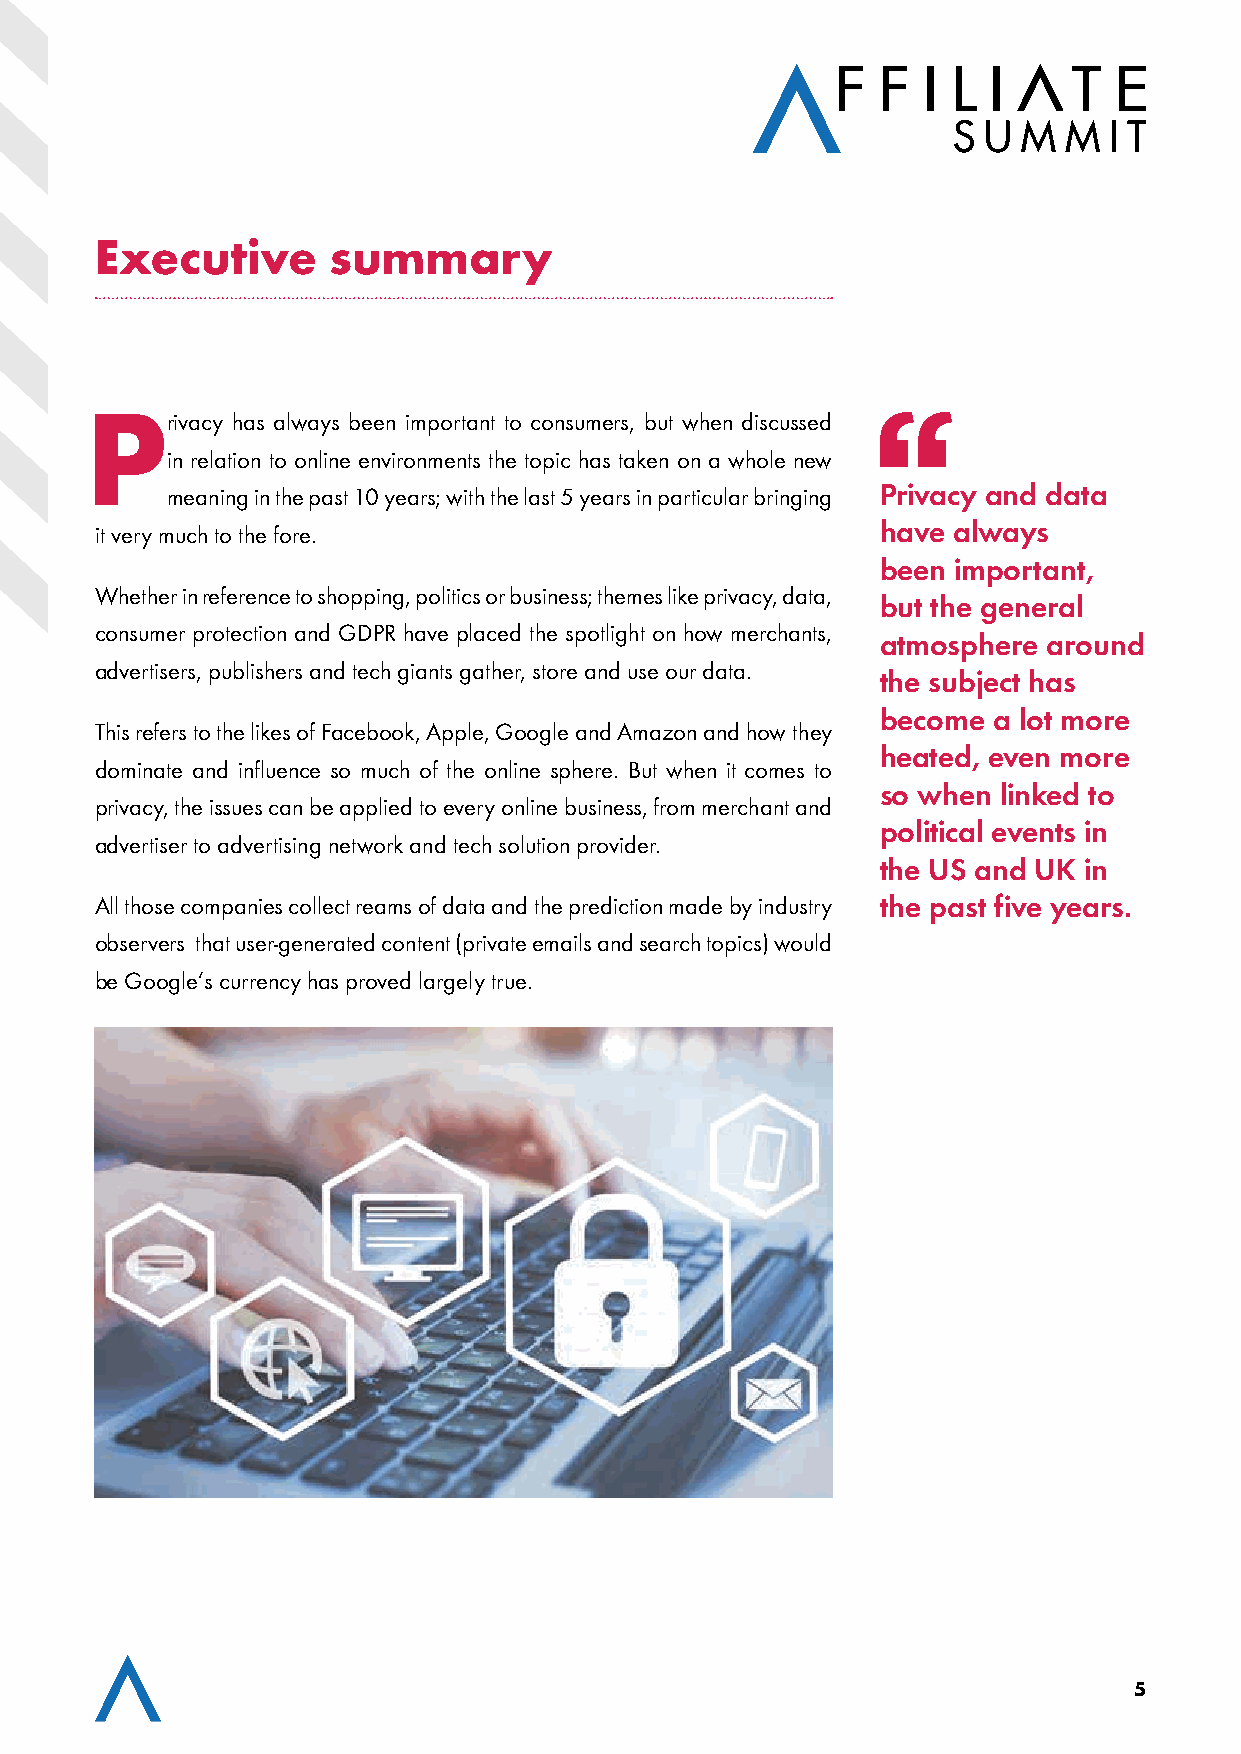
Executive       summary
 P
 rivacy has always been important to consumers, but when discussed
 in relation to online environments the topic has taken on a whole new
 meaning in the past 10 years; with the last 5 years in particular bringing Privacy and data
 it very much to the fore.                           have always
 been important,
 Whether in reference to shopping, politics or business; themes like privacy, data,
 but the general
 consumer protection and GDPR have placed the spotlight on how merchants,
 atmosphere around
 advertisers, publishers and tech giants gather, store and use our data.
 the subject has
 become  a lot more
 This refers to the likes of Facebook, Apple, Google and Amazon and how they
 heated, even more
 dominate and influence so much of the online sphere. But when it comes to
 so when linked to
 privacy, the issues can be applied to every online business, from merchant and
 political events in
 advertiser to advertising network and tech solution provider.
 the US and UK in
 All those companies collect reams of data and the prediction made by industry the past five years.
 observers that user-generated content (private emails and search topics) would
 be Google’s currency has proved largely true.
 5